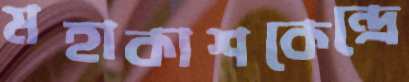
মহাকাশকেন্দ্রে